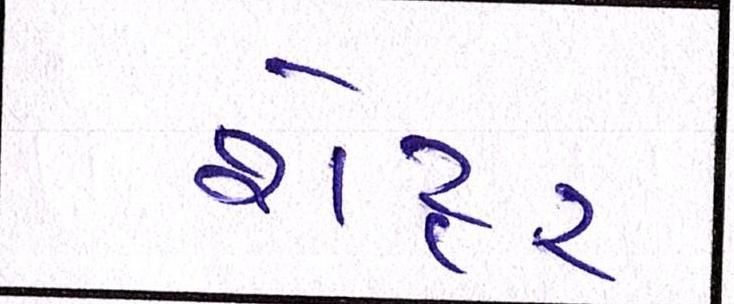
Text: શેટ્ટર